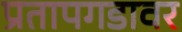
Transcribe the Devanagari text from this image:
प्रतापगडावर